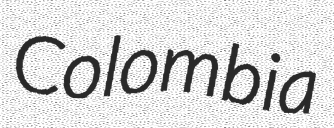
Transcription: Colombia